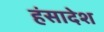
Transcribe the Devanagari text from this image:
हंसादेश